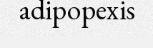
adipopexis